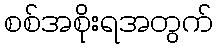
စစ်အစိုးရအတွက်